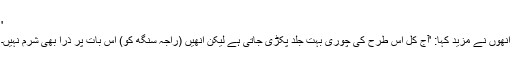
'
انھوں نے مزید کہا: 'آج کل اس طرح کی چوری بہت جلد پکڑی جاتی ہے لیکن انھیں (راجہ سنگھ کو) اس بات پر ذرا بھی شرم نہیں۔